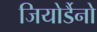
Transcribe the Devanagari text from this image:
जियोर्डैनो